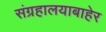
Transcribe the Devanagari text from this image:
संग्रहालयाबाहेर